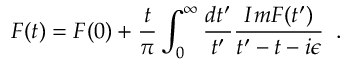
F ( t ) = F ( 0 ) + { \frac { t } { \pi } } \int _ { 0 } ^ { \infty } { \frac { d t ^ { \prime } } { t ^ { \prime } } } { \frac { I m F ( t ^ { \prime } ) } { t ^ { \prime } - t - i \epsilon } } \; \; .